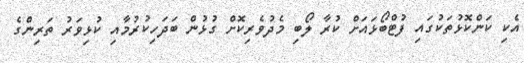
އެކި ކަންކޮޅުތަކުގައި ފުޓްބޯޅައަށް ކުރާ ލޯބި މެދުވެރިކޮށް ގުޅުން ބަދަހިކުރުމާއި ކުޅިވަރު ތަރިންގެ